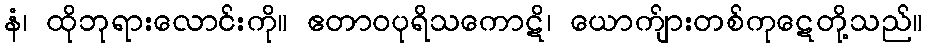
နံ၊ ထိုဘုရားလောင်းကို။ ဧတာဝပုရိသကောဋိ၊ ယောက်ျားတစ်ကုဋေတို့သည်။